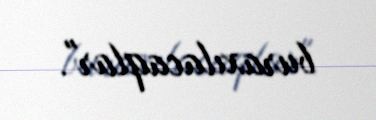
buraxılacaqlar".